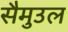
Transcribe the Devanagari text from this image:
सैमुउल